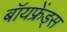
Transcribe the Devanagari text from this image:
बॉयफ्रेंड्स